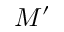
M ^ { \prime }